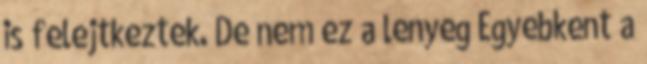
is felejtkeztek. De nem ez a lenyeg Egyebkent a